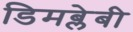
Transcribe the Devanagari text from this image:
डिमब्लेबी